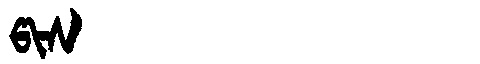
Manchu: ᡦᡳᠰ
Romanization: PIS